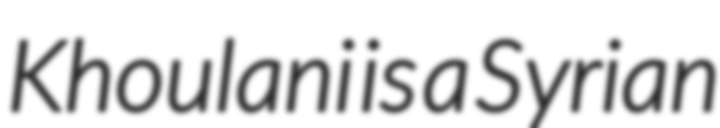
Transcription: Khoulani is a Syrian